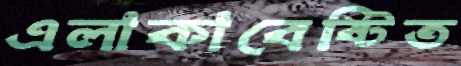
এলাকাবেষ্টিত